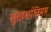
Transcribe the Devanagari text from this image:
सुखशांतिमय